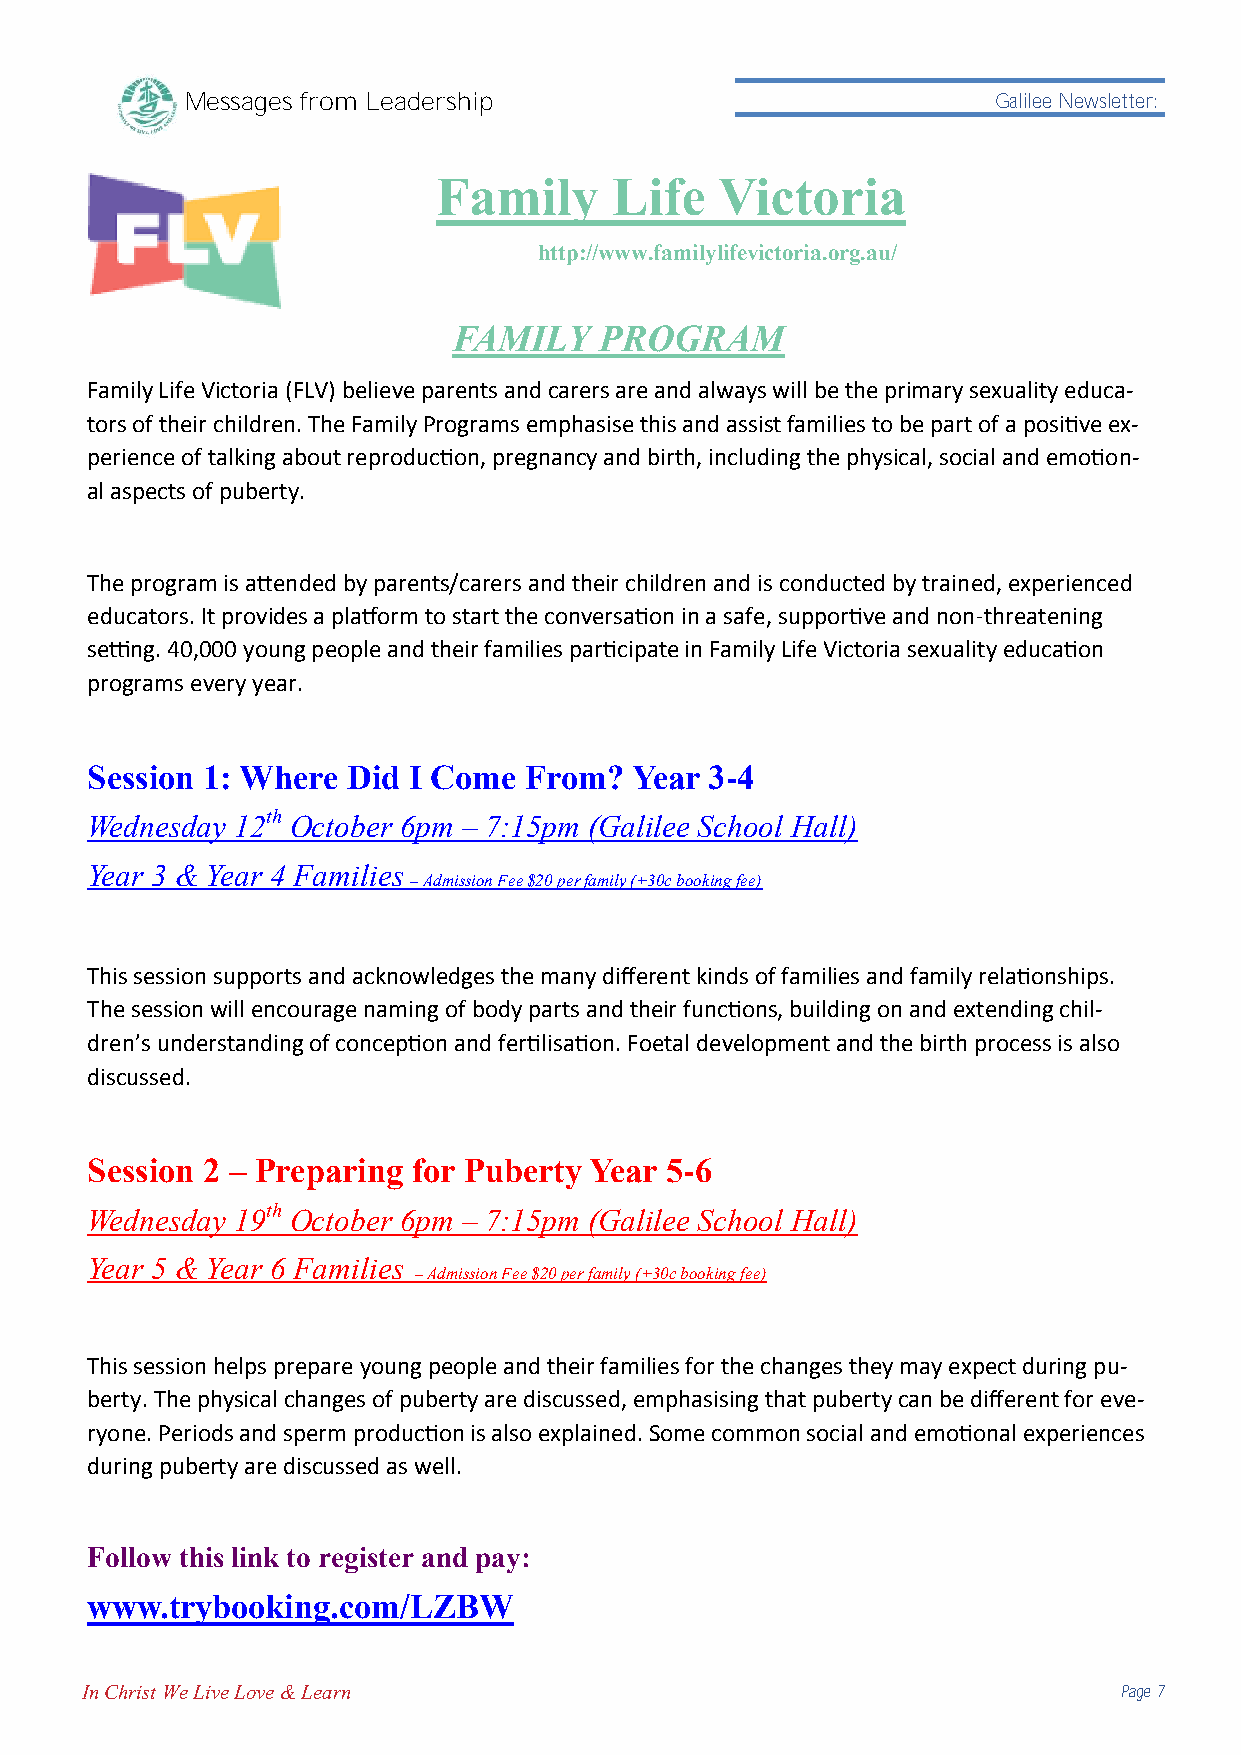
Messages from Leadership                              Galilee Newsletter:
 Family      Life   Victoria
 http://www.familylifevictoria.org.au/
 FAMILY    PROGRAM
 Family Life Victoria (FLV) believe parents and carers are and always will be the primary sexuality educa-
 tors of their children. The Family Programs emphasise this and assist families to be part of a positive ex-
 perience of talking about reproduction, pregnancy and birth, including the physical, social and emotion-
 al aspects of puberty.
 The program is attended by parents/carers and their children and is conducted by trained, experienced
 educators. It provides a platform to start the conversation in a safe, supportive and non-threatening
 setting. 40,000 young people and their families participate in Family Life Victoria sexuality education
 programs every year.
 Session 1: Where Did I Come  From?  Year 3-4
 Wednesday 12th October 6pm – 7:15pm (Galilee School Hall)
 Year 3 & Year 4 Families
 – Admission Fee $20 per family (+30c booking fee)
 This session supports and acknowledges the many different kinds of families and family relationships.
 The session will encourage naming of body parts and their functions, building on and extending chil-
 dren’s understanding of conception and fertilisation. Foetal development and the birth process is also
 discussed.
 Session 2 – Preparing for Puberty Year 5-6
 Wednesday 19th October 6pm – 7:15pm (Galilee School Hall)
 Year 5 & Year 6 Families
 – Admission Fee $20 per family (+30c booking fee)
 This session helps prepare young people and their families for the changes they may expect during pu-
 berty. The physical changes of puberty are discussed, emphasising that puberty can be different for eve-
 ryone. Periods and sperm production is also explained. Some common social and emotional experiences
 during puberty are discussed as well.
 Follow this link to register and pay:
 www.trybooking.com/LZBW
 In Christ We Live Love & Learn                                       Page 7